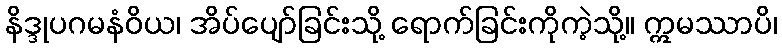
နိဒ္ဒုပဂမနံဝိယ၊ အိပ်ပျော်ခြင်းသို့ ရောက်ခြင်းကိုကဲ့သို့။ ဣမဿာပိ၊